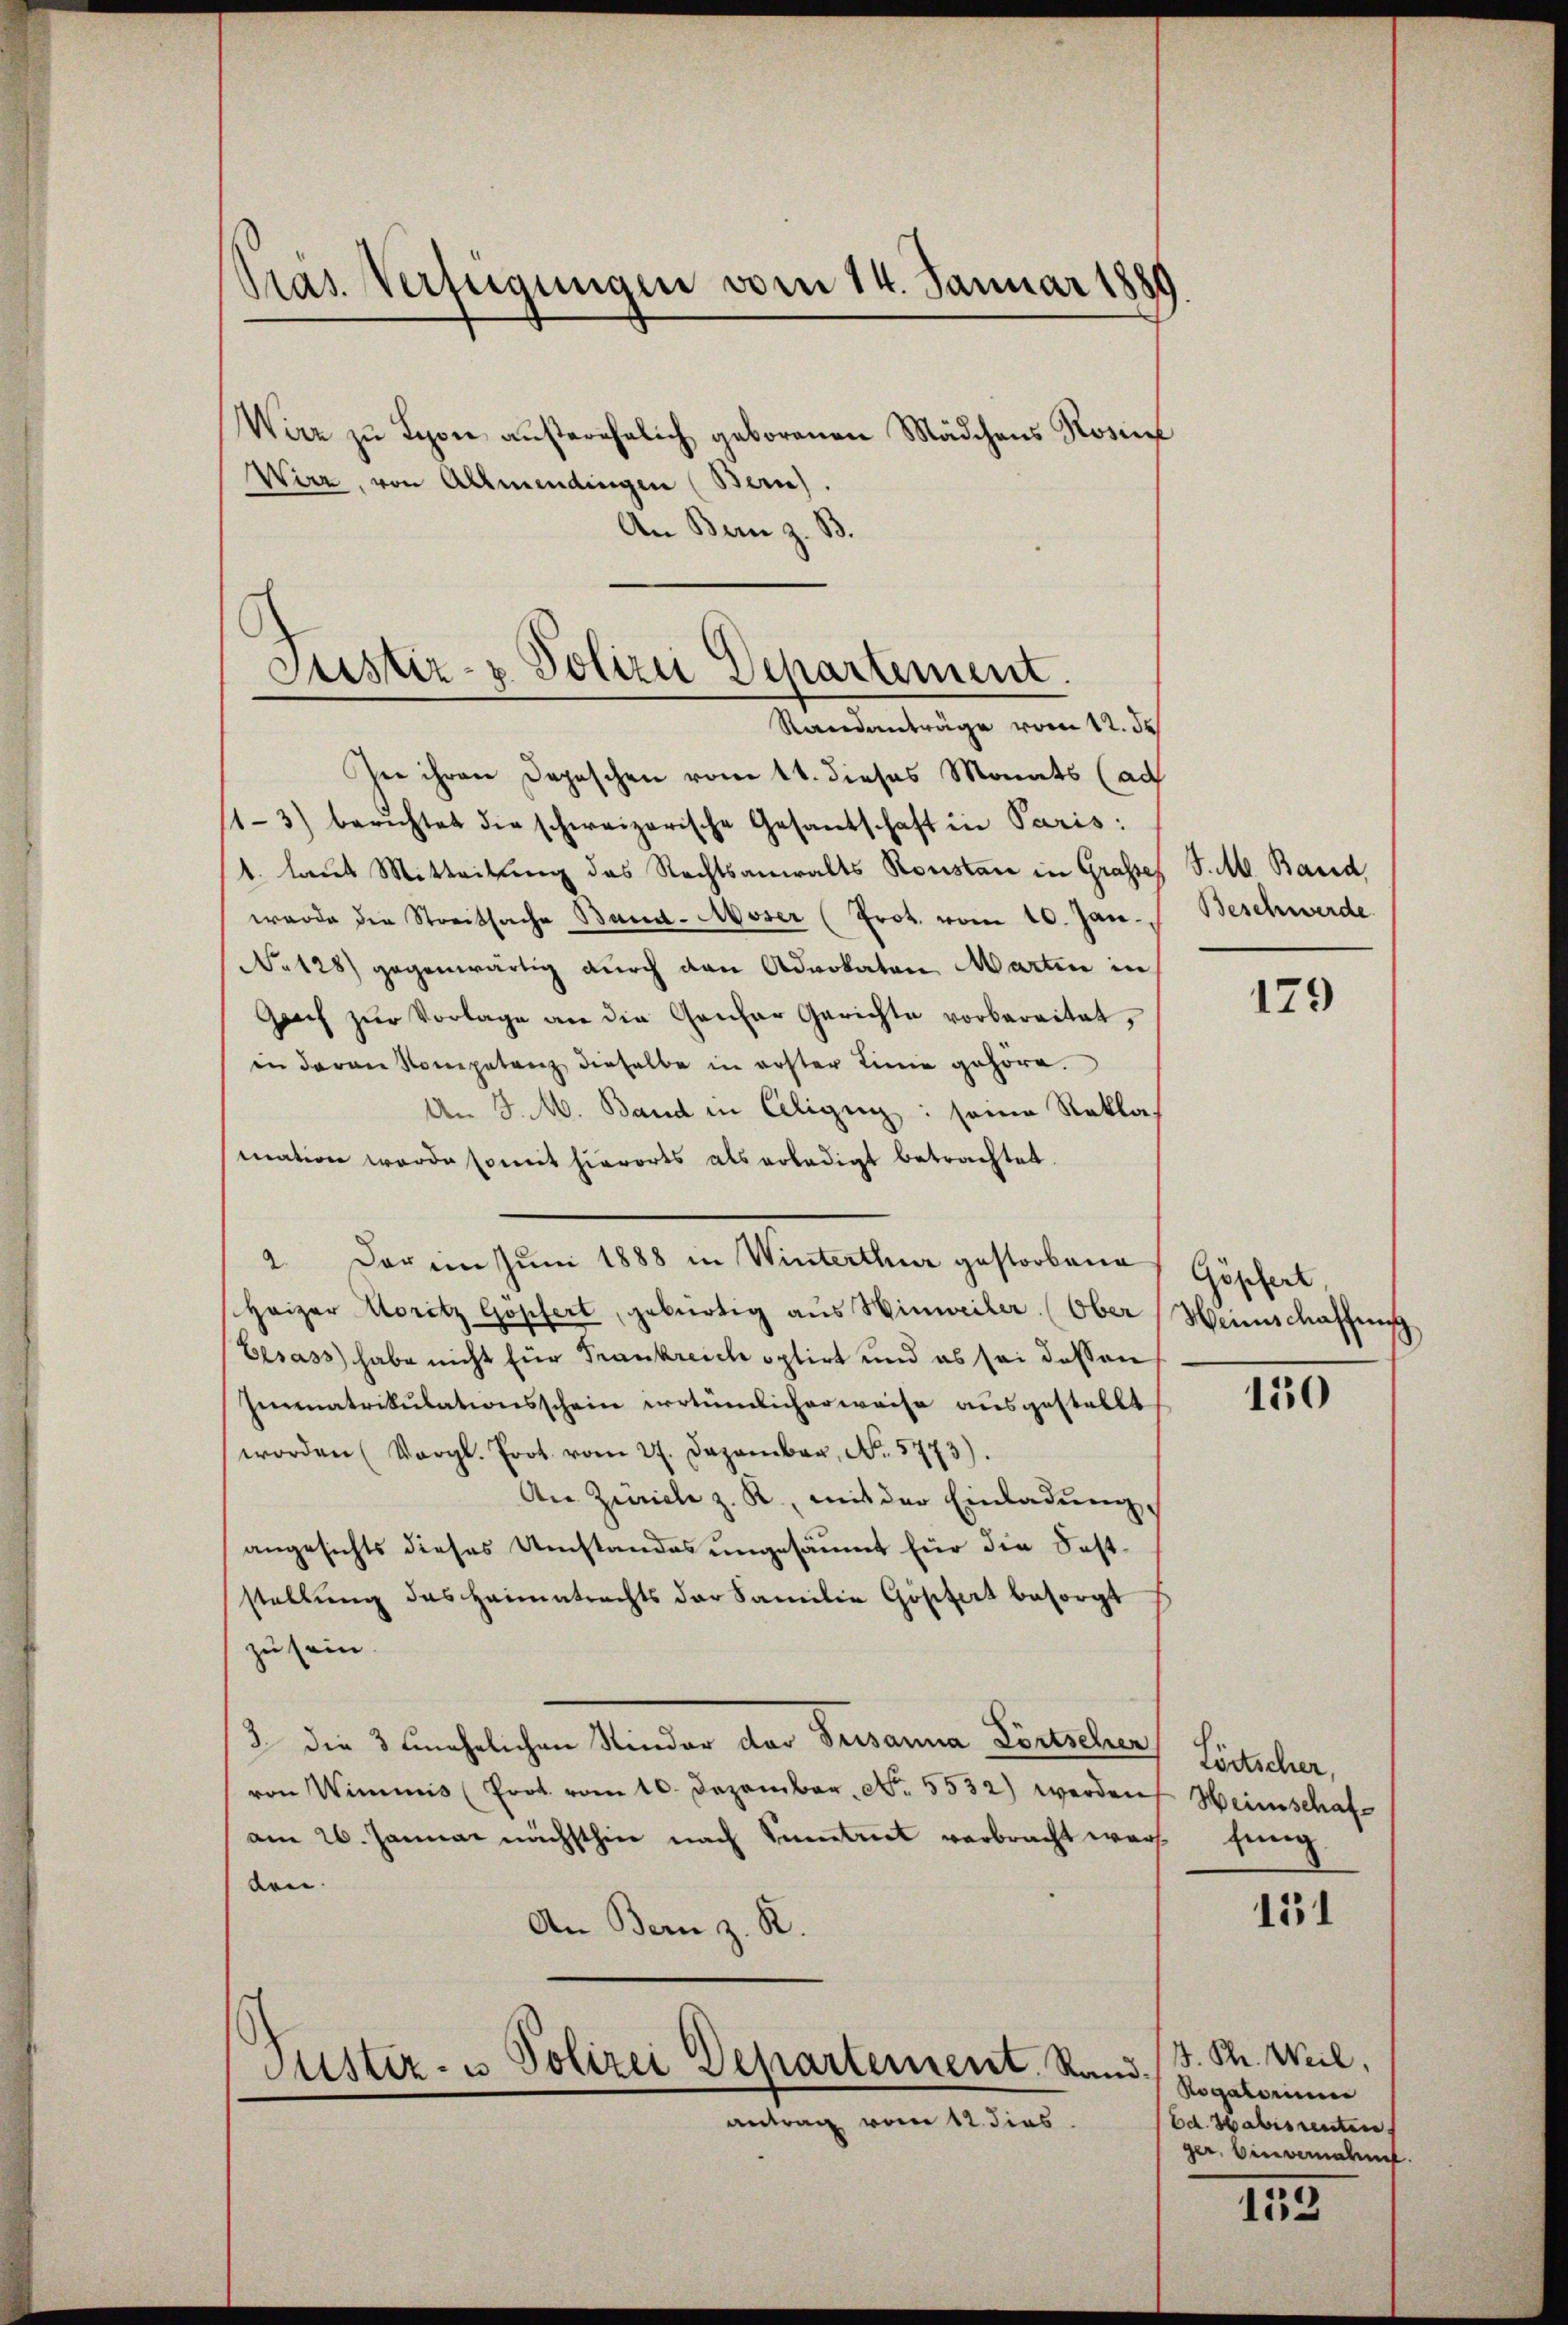
Pras Verfügungen vom 14. Januar 1889

Justiz- & Polizei Departement.
Randanträge vom 12. de

Wirz zu Lyon außerehelich geborenen Mädchens Rosine
Wirz, von Allmendingen (Bern).
An Bern z. B.
see ihren Depeschen vom 11. dieses Monats (ad
1-3) berichtet die schweizerische Gesantschaft in Paris;
1. laut Mitteilung des Rechtsanwalts Konstan in Grasses J. M. Band
werde die Streitsache Band-Moser (Prot. vom 10. Jan.
No 128) gegenwärtig durch den Advokaten Martin in
Gauch zŭr Vorlage an die Gantar Gerichte vorbereitet,
in daran Kompetenz dieselbe in erster Linie gehöre.
An J. M. Band in Celigii: seine Reklas
mation werde somit hierorts als erledigt betrachtet.
2. Der im Juni 1888 in Winterthur gestorbene
Heizer Moritz Gopfert, gebürtig aus Hinweiler (Ober
Elsass habe nicht für Frankreich optirt und es sei dassen
Immatrikulationsschein irrtümlicherweise ausgestellt
worden (Vergl. Prot. vom 27. Dezember, No. 5773).
An Zürich z. R., mit der Einladung,
angesichts dieses Umstandes ungesäumt für die Feststellung des Heimatrachts der Familie Göstert besorgt
zu sein.
3 die 3 Genehmlichen Kinder der Grisanna Portscher
von Wimmis (Prot. vom 10. Dezember. No. 5532) werden
am 26. Januar nächsthin nach Sentiret verbracht war
den.
An Bern z. R.
Justiz- u Polizei Departement. Sandantrag vom 12. dies

Beschwerde

179

Göpfert,
Heimschaffnis

150

Lörtscher,
Heimschafhung.

151

J. Ph. Weil,
Rogatorium
Ed. Sabisrenten
ger, Einvernahmt.

113